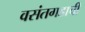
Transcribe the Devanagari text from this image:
वसंतगडाची